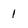
Character: 1